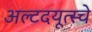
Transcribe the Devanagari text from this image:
अल्टदयूत्स्चे